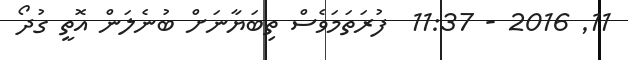
11